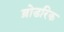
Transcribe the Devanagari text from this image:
ब्रोडरिक